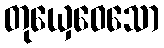
တုယှေဝေသော